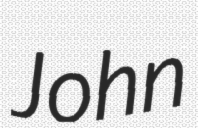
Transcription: John